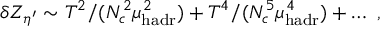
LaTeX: \delta Z _ { \eta ^ { \prime } } \sim T ^ { 2 } / ( N _ { c } ^ { 2 } \mu _ { \mathrm { h a d r } } ^ { 2 } ) + T ^ { 4 } / ( N _ { c } ^ { 5 } \mu _ { \mathrm { h a d r } } ^ { 4 } ) + \ldots \ ,